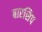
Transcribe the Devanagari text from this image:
बारसिप